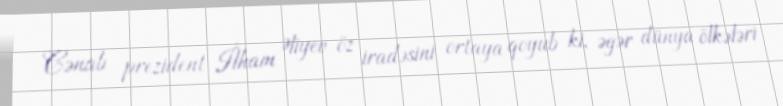
Cənab prezident İlham Əliyev öz iradəsini ortaya qoyub ki, əgər dünya ölkələri